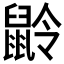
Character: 𪕌